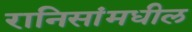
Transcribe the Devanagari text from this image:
रानिसांमधील